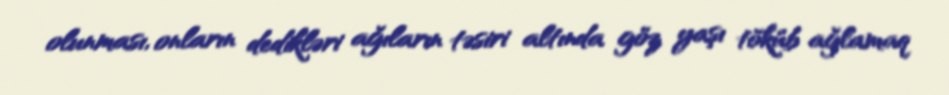
olunması, onların dedikləri ağıların təsiri altında göz yaşı töküb ağlamaq